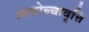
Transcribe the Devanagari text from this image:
अत्योच्चावृत्ति